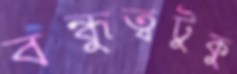
বন্ধুত্বটুকু